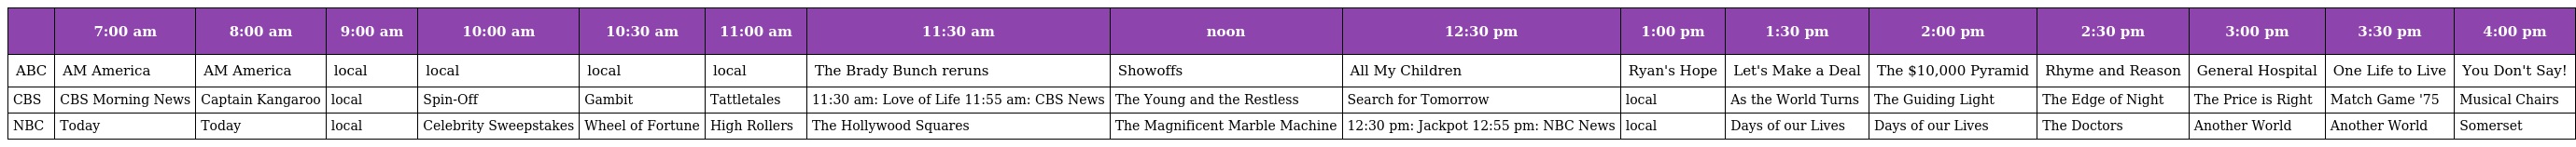
|  | 7:00 am | 8:00 am | 9:00 am | 10:00 am | 10:30 am | 11:00 am | 11:30 am | noon | 12:30 pm | 1:00 pm | 1:30 pm | 2:00 pm | 2:30 pm | 3:00 pm | 3:30 pm | 4:00 pm |
 | --- | --- | --- | --- | --- | --- | --- | --- | --- | --- | --- | --- | --- | --- | --- | --- | --- |
 | ABC | AM America | AM America | local | local | local | local | The Brady Bunch reruns | Showoffs | All My Children | Ryan's Hope | Let's Make a Deal | The $10,000 Pyramid | Rhyme and Reason | General Hospital | One Life to Live | You Don't Say! |
 | CBS | CBS Morning News | Captain Kangaroo | local | Spin-Off | Gambit | Tattletales | 11:30 am: Love of Life 11:55 am: CBS News | The Young and the Restless | Search for Tomorrow | local | As the World Turns | The Guiding Light | The Edge of Night | The Price is Right | Match Game '75 | Musical Chairs |
 | NBC | Today | Today | local | Celebrity Sweepstakes | Wheel of Fortune | High Rollers | The Hollywood Squares | The Magnificent Marble Machine | 12:30 pm: Jackpot 12:55 pm: NBC News | local | Days of our Lives | Days of our Lives | The Doctors | Another World | Another World | Somerset |